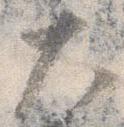
大